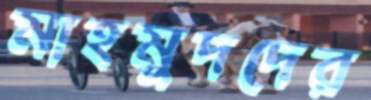
মাহমুদদের